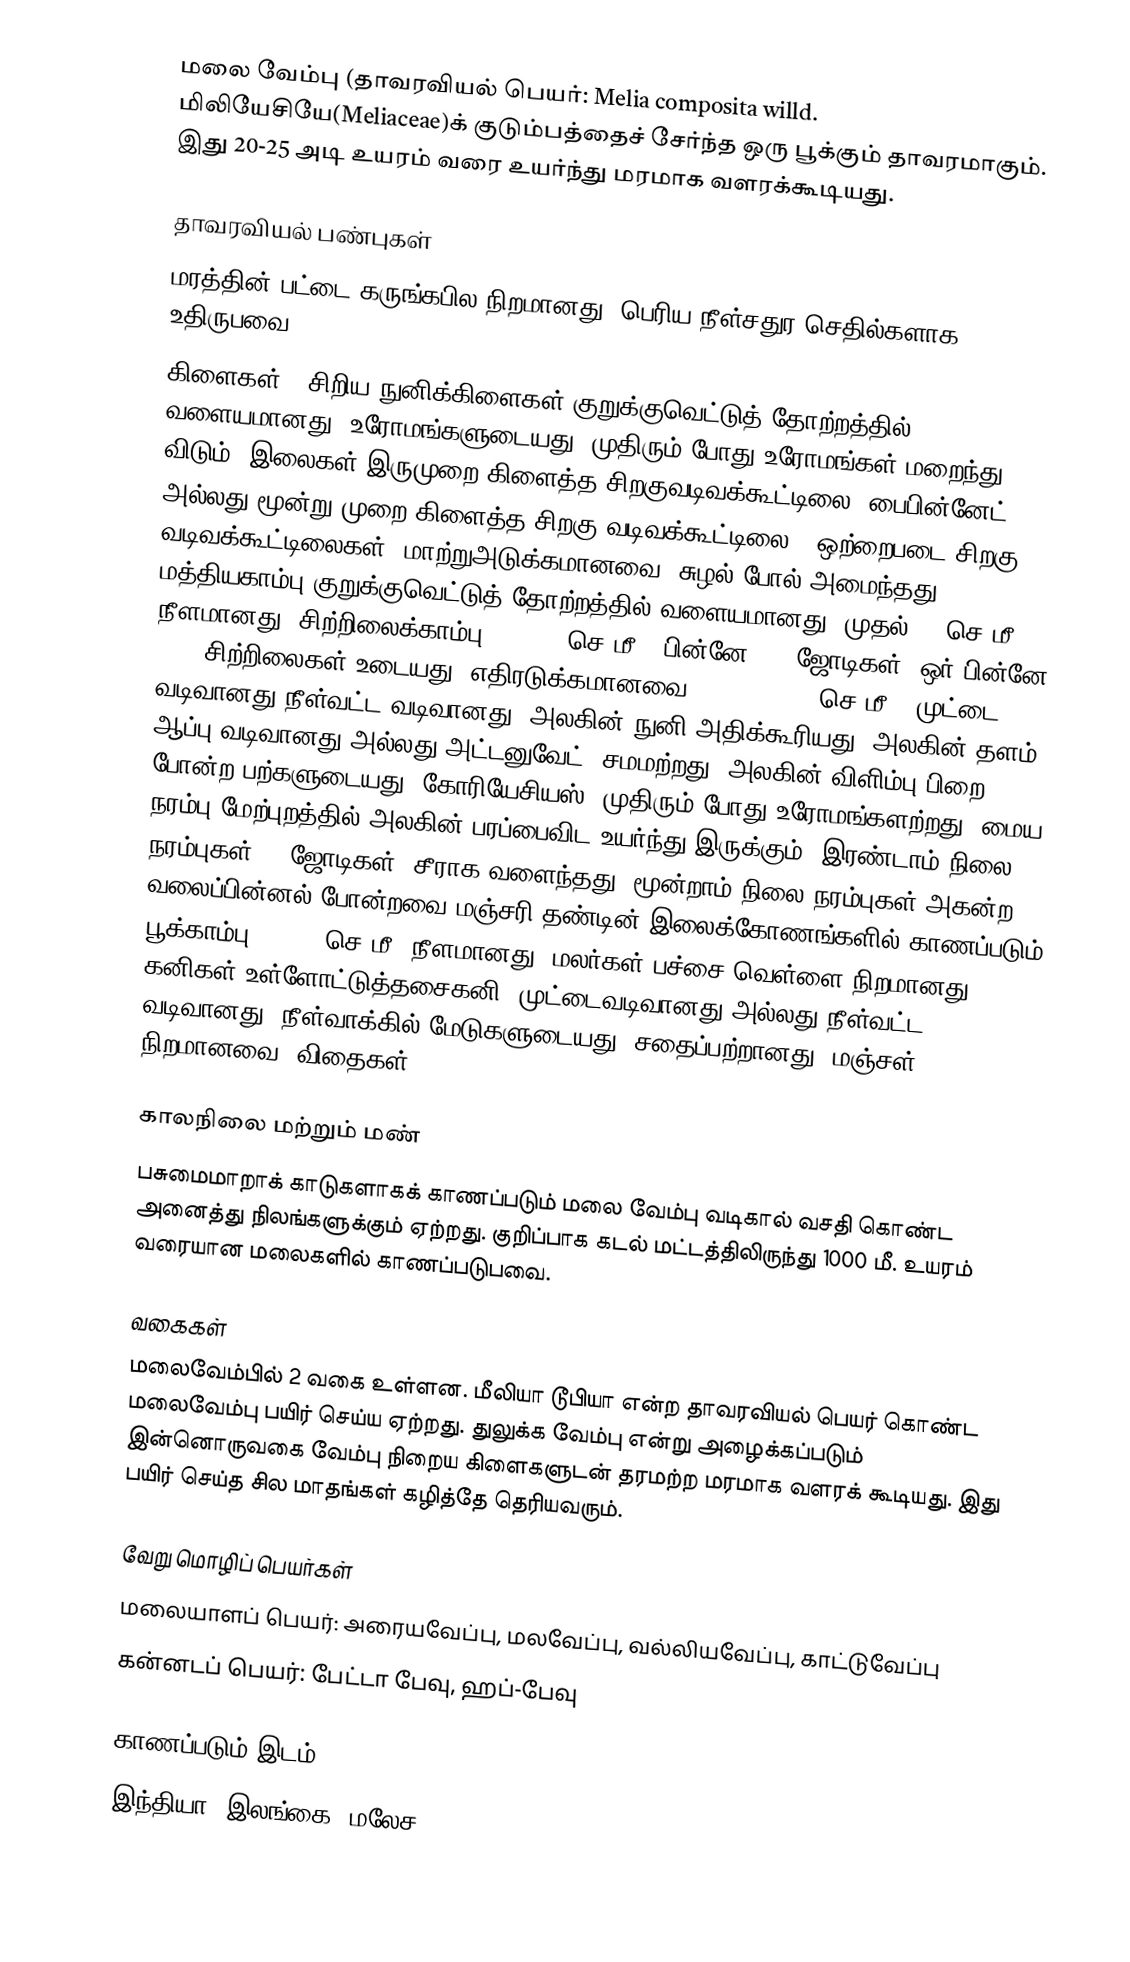
மலை வேம்பு (தாவரவியல் பெயர்: Melia composita willd. மிலியேசியே(Meliaceae)க் குடும்பத்தைச் சேர்ந்த ஒரு பூக்கும் தாவரமாகும். இது 20-25 அடி உயரம் வரை உயர்ந்து மரமாக  வளரக்கூடியது.

தாவரவியல் பண்புகள்
மரத்தின் பட்டை கருங்கபில நிறமானது, பெரிய நீள்சதுர செதில்களாக உதிருபவை.
கிளைகள் & சிறிய நுனிக்கிளைகள் குறுக்குவெட்டுத் தோற்றத்தில் வளையமானது, உரோமங்களுடையது, முதிரும் போது உரோமங்கள் மறைந்து விடும். இலைகள் இருமுறை கிளைத்த சிறகுவடிவக்கூட்டிலை (பைபின்னேட்) அல்லது மூன்று முறை கிளைத்த சிறகு வடிவக்கூட்டிலை , ஒற்றைபடை_சிறகு வடிவக்கூட்டிலைகள், மாற்றுஅடுக்கமானவை, சுழல் போல் அமைந்தது, மத்தியகாம்பு குறுக்குவெட்டுத் தோற்றத்தில் வளையமானது, முதல் 30 செ.மீ. நீளமானது; சிற்றிலைக்காம்பு 0.3-1.2 செ.மீ.; பின்னே 3-8 ஜோடிகள்; ஒர் பின்னே 2-11 சிற்றிலைகள் உடையது, எதிரடுக்கமானவை, 4.5-9 x 2-4 செ.மீ., முட்டை வடிவானது-நீள்வட்ட வடிவானது, அலகின் நுனி அதிக்கூரியது, அலகின் தளம் ஆப்பு வடிவானது அல்லது அட்டனுவேட், சமமற்றது, அலகின் விளிம்பு பிறை போன்ற பற்களுடையது, கோரியேசியஸ், முதிரும் போது உரோமங்களற்றது; மைய நரம்பு மேற்புறத்தில் அலகின் பரப்பைவிட உயர்ந்து இருக்கும்; இரண்டாம் நிலை நரம்புகள்  10 ஜோடிகள், சீராக வளைந்தது; மூன்றாம் நிலை நரம்புகள் அகன்ற வலைப்பின்னல் போன்றவை.மஞ்சரி தண்டின் இலைக்கோணங்களில் காணப்படும் பூக்காம்பு, 12-20 செ.மீ. நீளமானது; மலர்கள் பச்சை-வெள்ளை நிறமானது. கனிகள் உள்ளோட்டுத்தசைகனி, முட்டைவடிவானது அல்லது நீள்வட்ட வடிவானது, நீள்வாக்கில் மேடுகளுடையது, சதைப்பற்றானது, மஞ்சள் நிறமானவை; விதைகள் 1-6.

காலநிலை மற்றும் மண்
பசுமைமாறாக் காடுகளாகக் காணப்படும் மலை வேம்பு வடிகால் வசதி கொண்ட அனைத்து நிலங்களுக்கும் ஏற்றது. குறிப்பாக கடல் மட்டத்திலிருந்து 1000 மீ. உயரம் வரையான மலைகளில் காணப்படுபவை.

வகைகள்
மலைவேம்பில் 2 வகை உள்ளன. மீலியா டூபியா என்ற தாவரவியல் பெயர் கொண்ட மலைவேம்பு பயிர் செய்ய ஏற்றது. துலுக்க வேம்பு என்று அழைக்கப்படும் இன்னொருவகை வேம்பு நிறைய கிளைகளுடன் தரமற்ற மரமாக வளரக் கூடியது. இது பயிர் செய்த சில மாதங்கள் கழித்தே தெரியவரும்.

வேறு மொழிப் பெயர்கள்
மலையாளப் பெயர்: அரையவேப்பு, மலவேப்பு, வல்லியவேப்பு, காட்டுவேப்பு
கன்னடப் பெயர்: பேட்டா பேவு, ஹப்-பேவு

காணப்படும் இடம்
இந்தியா, இலங்கை, மலேச